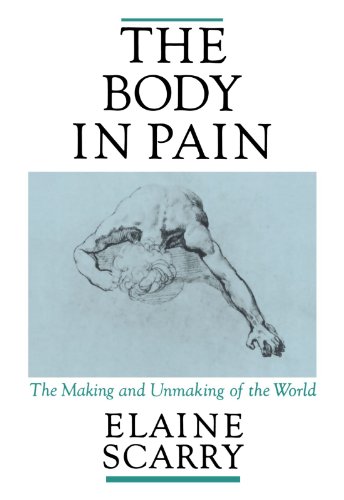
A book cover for The Body in Pain: The Making and Unmaking of the World; Elaine Scarry; Politics & Social Sciences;